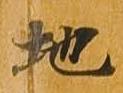
地